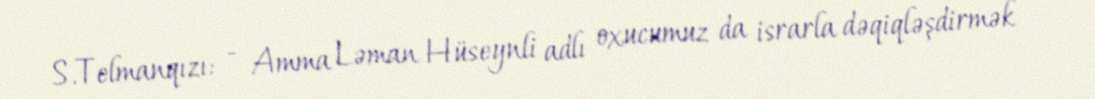
S.Telmanqızı: - Amma Ləman Hüseynli adlı oxucumuz da israrla dəqiqləşdirmək